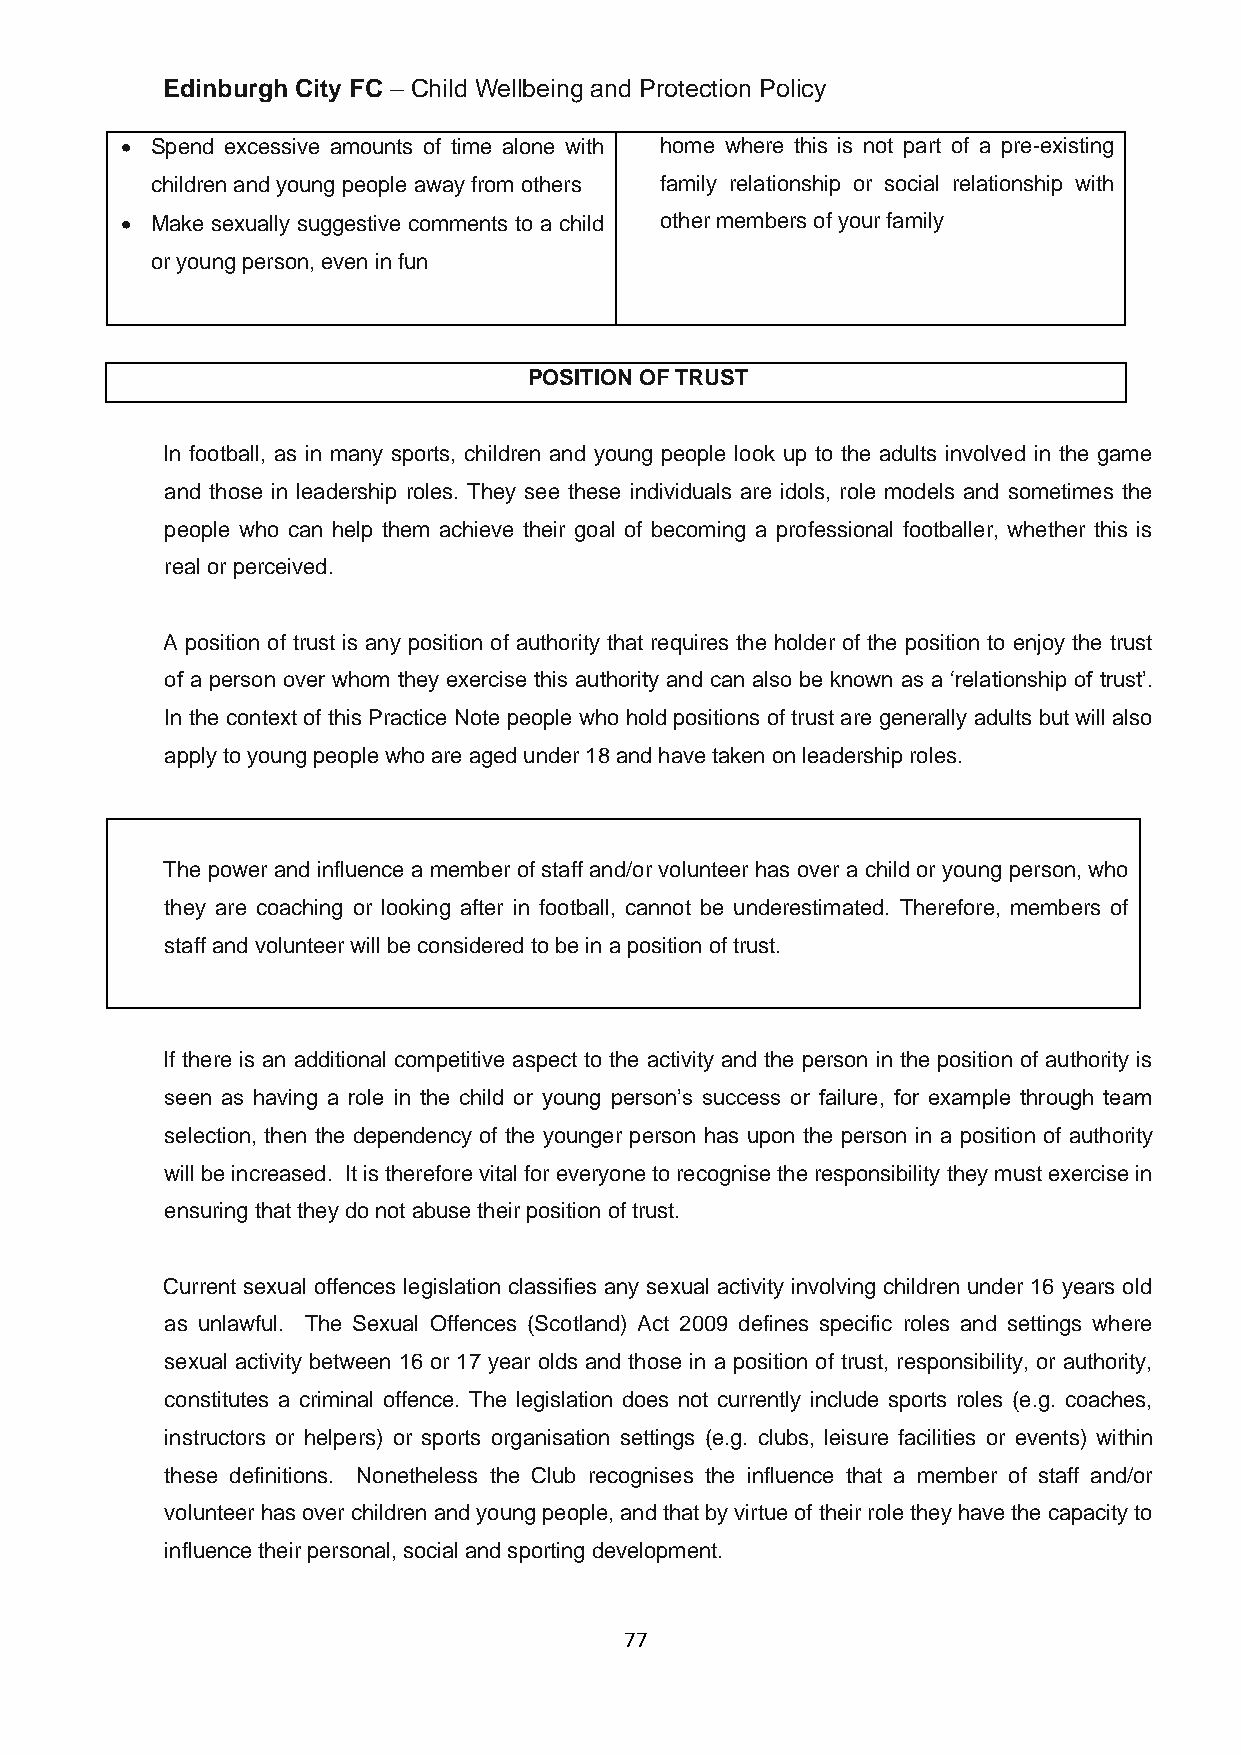
Edinburgh City FC – Child Wellbeing and Protection Policy
 • Spend excessive amounts of time alone with home where this is not part of a pre-existing
 children and young people away from others family relationship or social relationship with
 • Make sexually suggestive comments to a child other members of your family
 or young person, even in fun
 POSITION OF TRUST
 In football, as in many sports, children and young people look up to the adults involved in the game
 and those in leadership roles. They see these individuals are idols, role models and sometimes the
 people who can help them achieve their goal of becoming a professional footballer, whether this is
 real or perceived.
 A position of trust is any position of authority that requires the holder of the position to enjoy the trust
 of a person over whom they exercise this authority and can also be known as a ‘relationship of trust’.
 In the context of this Practice Note people who hold positions of trust are generally adults but will also
 apply to young people who are aged under 18 and have taken on leadership roles.
 The power and influence a member of staff and/or volunteer has over a child or young person, who
 they are coaching or looking after in football, cannot be underestimated. Therefore, members of
 staff and volunteer will be considered to be in a position of trust.
 If there is an additional competitive aspect to the activity and the person in the position of authority is
 seen as having a role in the child or young person’s success or failure, for example through team
 selection, then the dependency of the younger person has upon the person in a position of authority
 will be increased. It is therefore vital for everyone to recognise the responsibility they must exercise in
 ensuring that they do not abuse their position of trust.
 Current sexual offences legislation classifies any sexual activity involving children under 16 years old
 as unlawful. The Sexual Offences (Scotland) Act 2009 defines specific roles and settings where
 sexual activity between 16 or 17 year olds and those in a position of trust, responsibility, or authority,
 constitutes a criminal offence. The legislation does not currently include sports roles (e.g. coaches,
 instructors or helpers) or sports organisation settings (e.g. clubs, leisure facilities or events) within
 these definitions. Nonetheless the Club recognises the influence that a member of staff and/or
 volunteer has over children and young people, and that by virtue of their role they have the capacity to
 influence their personal, social and sporting development.
 77